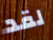
لقد